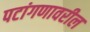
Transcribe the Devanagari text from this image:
पटांगणावरील